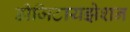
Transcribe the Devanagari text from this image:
डीजिटायझेशन